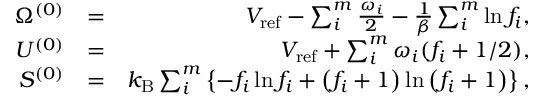
\begin{array} { r l r } { \Omega ^ { ( 0 ) } } & { = } & { V _ { \mathrm { r e f } } - \sum _ { i } ^ { m } \frac { \omega _ { i } } { 2 } - \frac { 1 } { \beta } \sum _ { i } ^ { m } \ln f _ { i } , } \\ { U ^ { ( 0 ) } } & { = } & { V _ { \mathrm { r e f } } + \sum _ { i } ^ { m } \omega _ { i } ( f _ { i } + 1 / 2 ) , } \\ { S ^ { ( 0 ) } } & { = } & { k _ { \mathrm { B } } \sum _ { i } ^ { m } \left\{ - f _ { i } \ln f _ { i } + \left( f _ { i } + 1 \right) \ln \left( f _ { i } + 1 \right) \right\} , } \end{array}